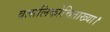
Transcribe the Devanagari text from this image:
वत्सलिकोचिताख्या।